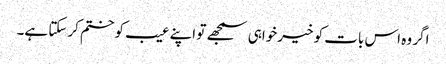
اگر وہ اس بات کو خیرخواہی سمجھے تو اپنے عیب کو ختم کرسکتا ہے۔